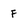
Character: F